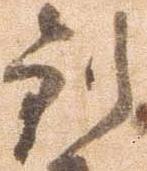
到